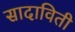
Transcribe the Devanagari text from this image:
सादाविती